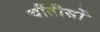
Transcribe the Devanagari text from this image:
चौंतीसों